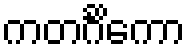
ကတင်္ဂိကော